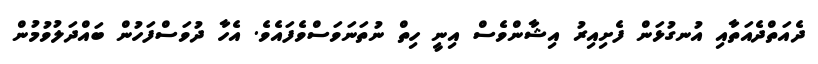
ދެއަތްދެއަތާއި އުނގުޅަން ފެށިއިރު އިޝާންވެސް އިނީ ހިތް ނުތަނަވަސްވެފައެވެ. އެހާ ދުވަސްފަހުން ބައްދަލުވުމުން